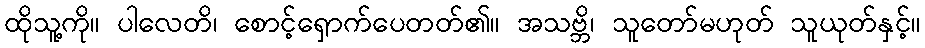
ထိုသူ့ကို။ ပါလေတိ၊ စောင့်ရှောက်ပေတတ်၏။ အသဗ္ဘိ၊ သူတော်မဟုတ် သူယုတ်နှင့်။